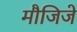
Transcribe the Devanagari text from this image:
मौजिजे